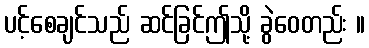
ပင့်စေချင်သည် ဆင်ခြင်ဤသို့ ခွဲဝေတည်း ။